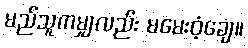
မည်သူကမျှလည်း မမေးဝံ့ချေ။